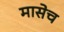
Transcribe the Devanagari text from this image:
मासेच